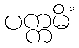
ပက္ကမိံ